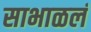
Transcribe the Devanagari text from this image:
साभाळलं